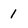
Character: 1